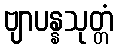
ဗျာပန္နသုတ္တံ